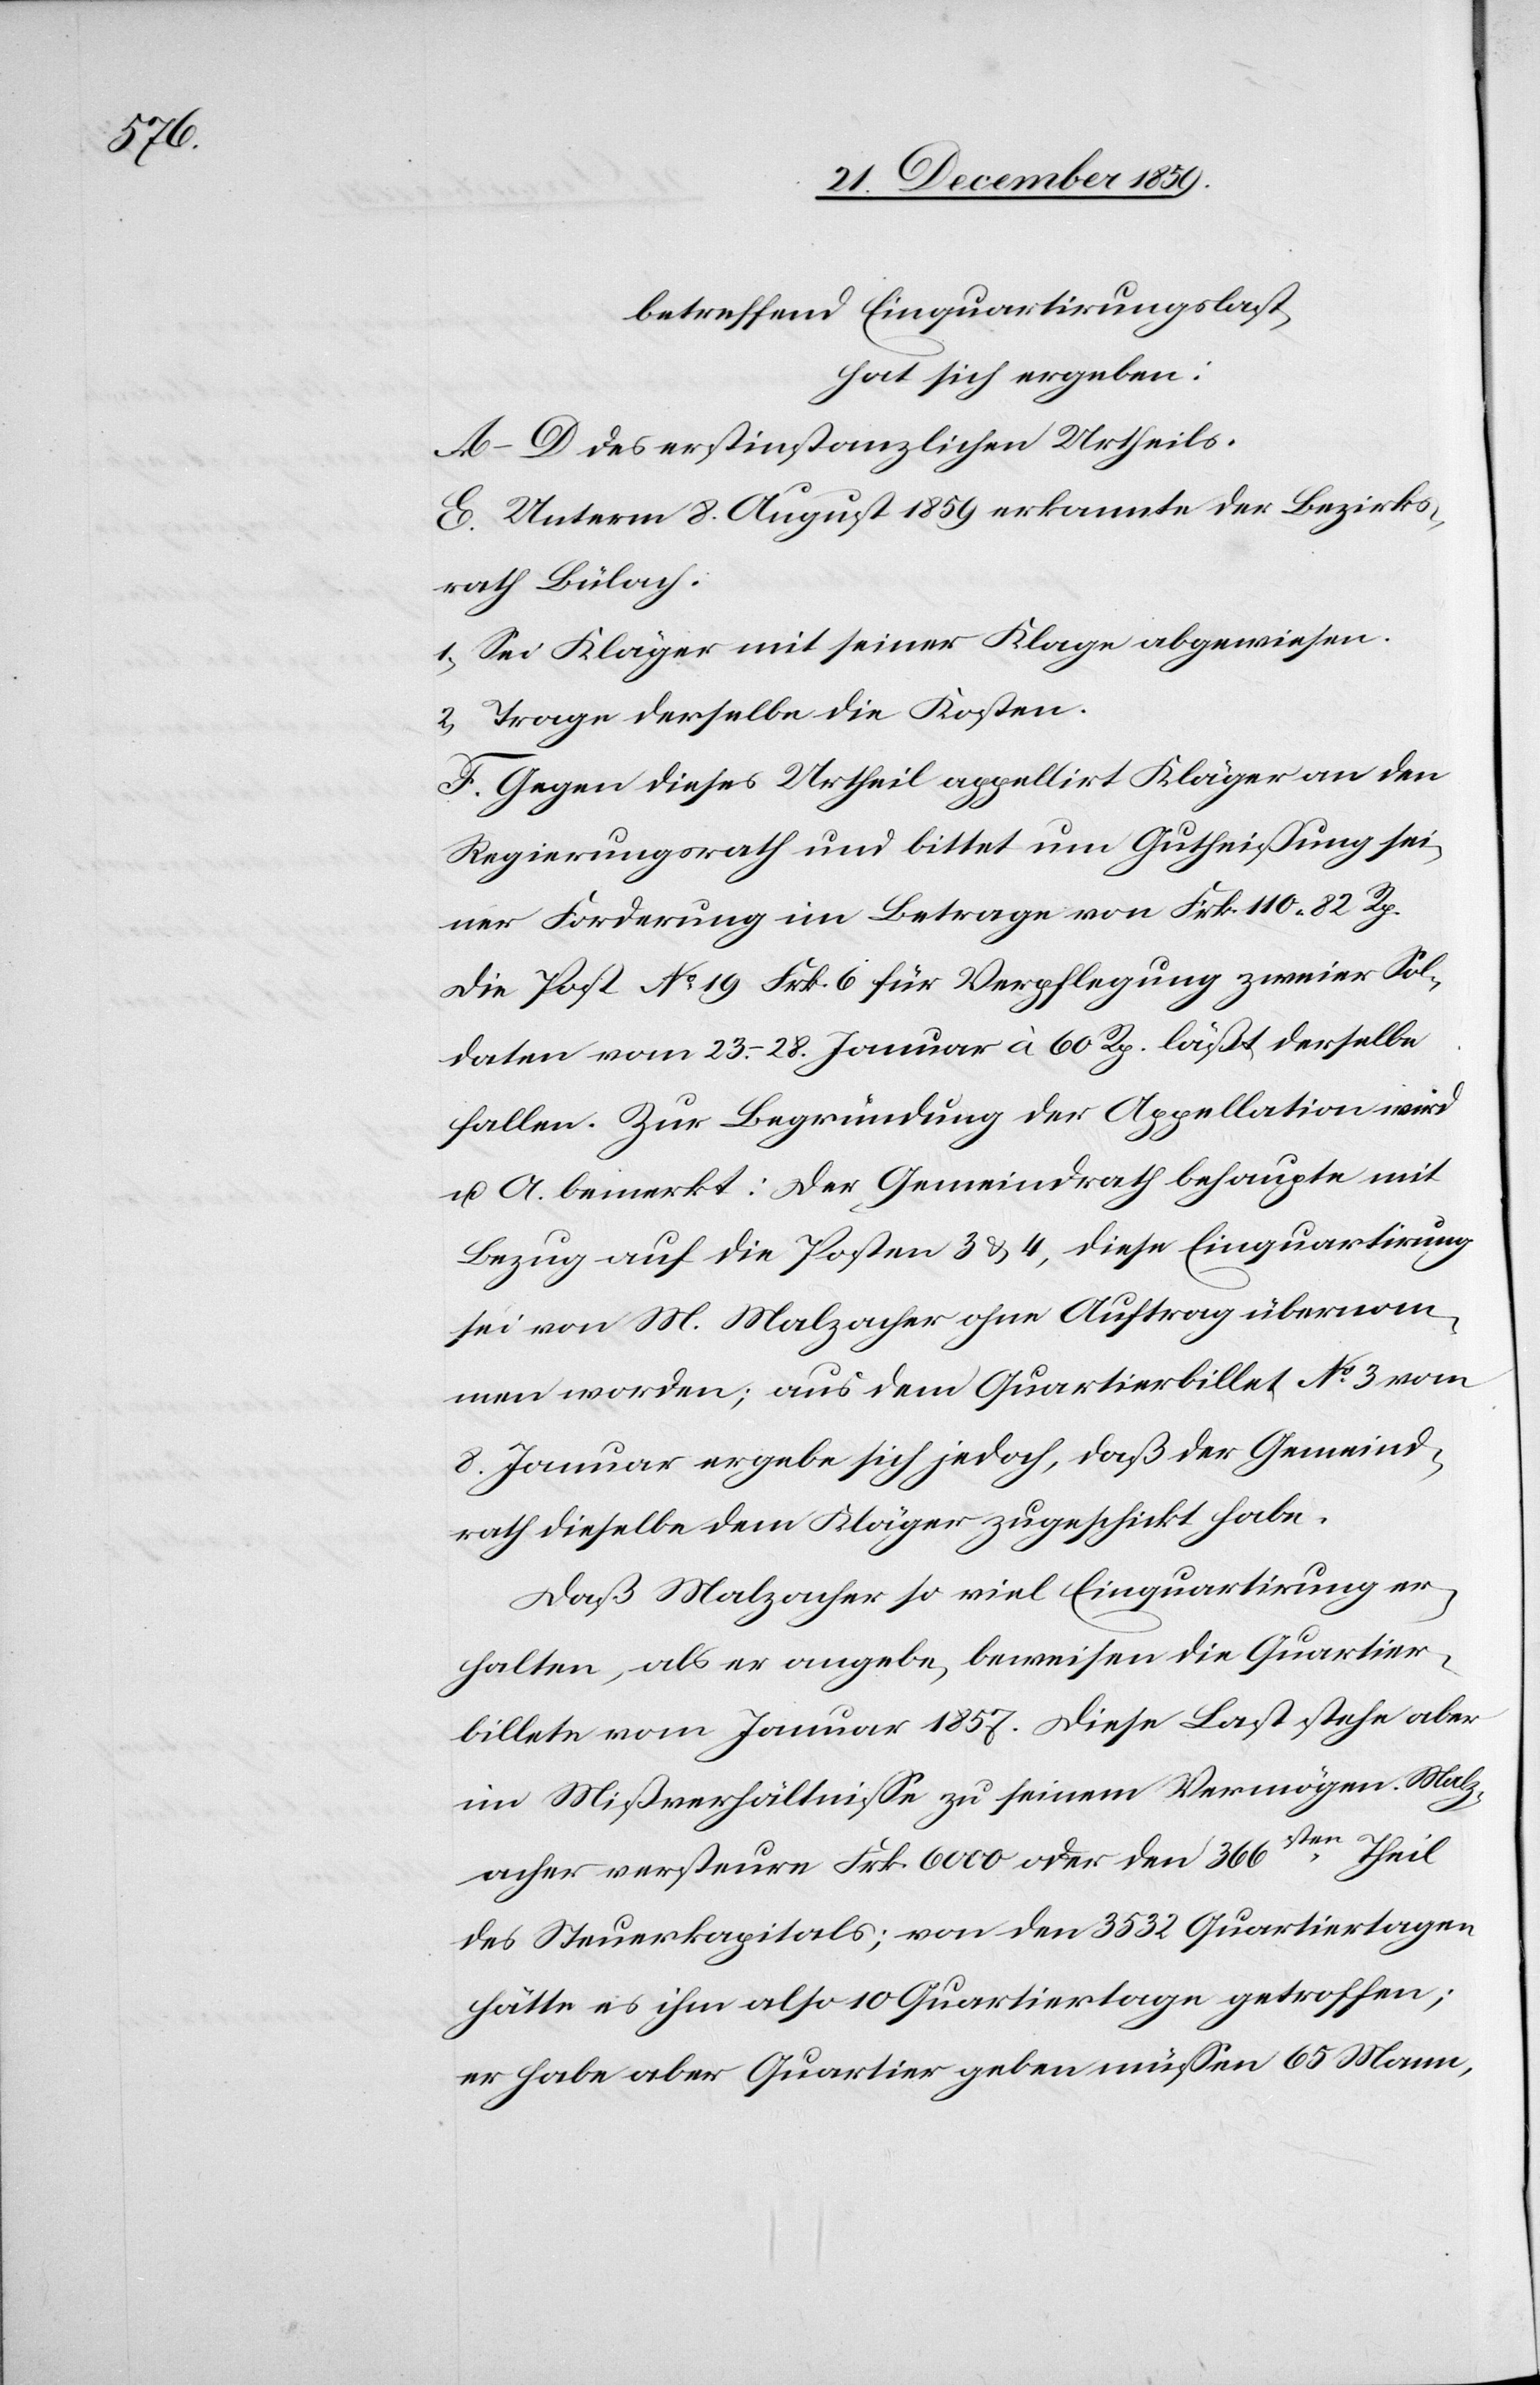
betreffend Einquartirungslast,
hat sich ergeben:
A–D des erstinstanzlichen Urtheils.
E. Unterm 8. August 1859 erkannte der Bezirks¬
rath Bülach:
1) Sei der Kläger mit seiner Klage abgewiesen.
2) Trage derselbe die Kosten.
F. Gegen dieses Urtheil appellirt Kläger an den
Regierungsrath und bittet um Gutheißung sei¬
ner Forderung im Betrage von Frk. 110 82 Rp.
Die Post No19 Frk. 6 für Verpflegung zweier Sol¬
daten vom 23.–28. Januar à 60 Rp. läßt derselbe
fallen. Zur Begründung der Appellation wird
u. A. bemerkt: Der Gemeindrath behaupte mit
Bezug auf die Posten 3 & 4, diese Einquartirung
sei von M. Malzacher ohne Auftrag übernom¬
men worden; aus dem Quartierbillet No 3 vom
8. Januar ergebe sich jedoch, daß der Gemeind¬
rath dieselbe dem Kläger zugesichert habe.
Daß Malzacher so viel Einquartirung er¬
halte, als er angebe, beweisen die Quartier¬
billete vom Januar 1857. Diese Last stehe aber
im Mißverhältnisse zu seinem Vermögen. Malz¬
acher versteure Frk. 6000 oder den 366sten Theil
des Steuerkapitals; von den 3532 Quartiertagen
hätte es ihm also 10 Quartiertage getroffen;
er habe aber Quartier geben müssen 65 Mann,